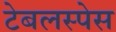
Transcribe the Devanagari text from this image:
टेबलस्पेस